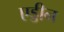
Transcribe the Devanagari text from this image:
एड्डीन